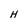
Character: H